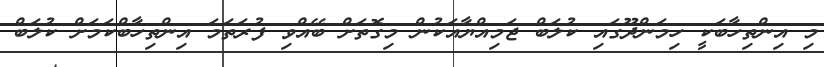
މި އިންތިހާބަކީ ހިމަންދޫގައި ކުލަބް ޖަމިއްޔާއަކުން މިގޮތަށް ބޭއްވި ފުރަތަމަ އިންތިހާބްކަމަށް ކުލަބް